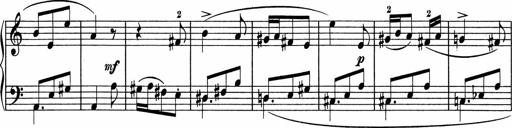
Title: 5 Sonatinen fÃ¼r die Jugend
Composer: Carl Reinecke